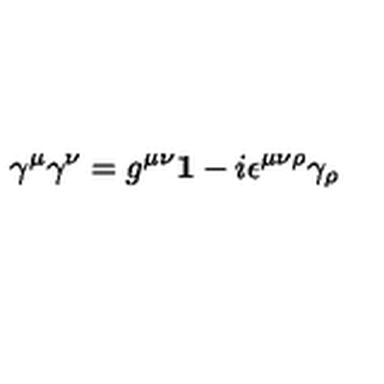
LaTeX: \gamma ^ { \mu } \gamma ^ { \nu } = g ^ { \mu \nu } { \bf 1 } - i \epsilon ^ { \mu \nu \rho } \gamma _ { \rho }